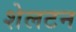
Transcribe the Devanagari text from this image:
शेलटन